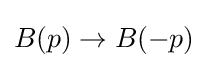
B(p)\rightarrow B(-p)